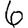
Digit: 6